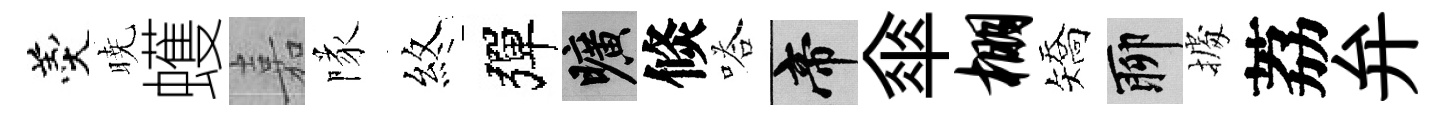
羹暁蠖嘉隊煞彈曠倐嗒帝傘棚矯聊𢴃荔弁